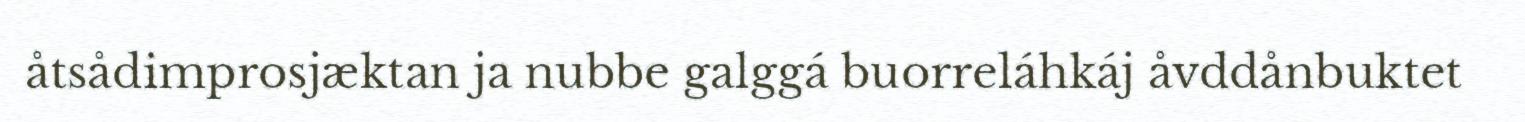
åtsådimprosjæktan ja nubbe galggá buorreláhkáj åvddånbuktet